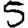
Digit: 5